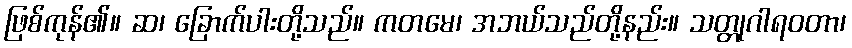
ဖြစ်ကုန်၏။ ဆ၊ ခြောက်ပါးတို့သည်။ ကတမေ၊ အဘယ်သည်တို့နည်း။ သတ္တုဂါရဝတာ၊